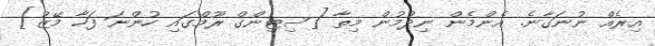
އިރެއް ނުނަގާނެ. އެންމެން ނިދުމުން މިތާ [ސިޓިންގް ރޫމްގައި ހުންނަ ފަހާ މޭޒު]